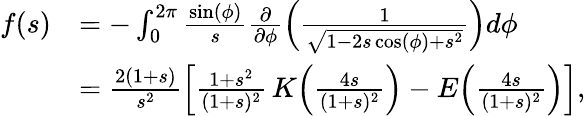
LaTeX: \begin{array}{rl}{f(s)}&{=-\int_{0}^{2\pi}\frac{\sin(\phi)}{s}\frac{\partial}{\partial\phi}\left(\frac{1}{\sqrt{1-2s\cos(\phi)+s^{2}}}\right)d\phi}\\ &{=\frac{2(1+s)}{s^{2}}\left[\frac{1+s^{2}}{(1+s)^{2}}\, K\! \left(\frac{4s}{(1+s)^{2}}\right)-E\! \left(\frac{4s}{(1+s)^{2}}\right)\right],}\end{array}